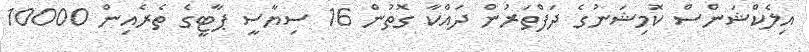
އިލެކްޝަންސް ކޮމިޝަނުގެ ދަފްތަރުން ދައްކާ ގޮތުން 16 ސިޔާސީ ޕާޓީގެ ތެރެއިން 10000